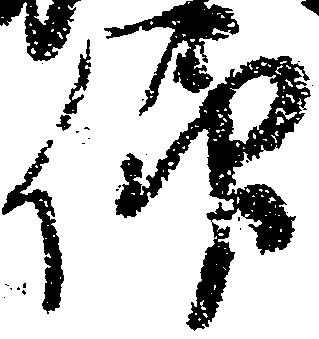
仰